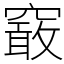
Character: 䆻